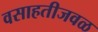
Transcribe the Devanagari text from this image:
वसाहतीजवळ